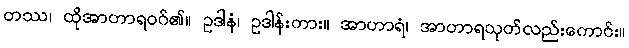
တဿ၊ ထိုအာဟာရဝဂ်၏။ ဥဒါနံ၊ ဥဒါန်းကား။ အာဟာရံ၊ အာဟာရသုတ်လည်းကောင်း။